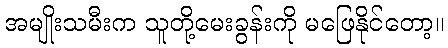
အမျိုးသမီးက သူတို့မေးခွန်းကို မဖြေနိုင်တော့။